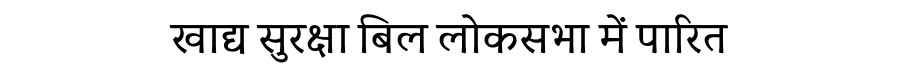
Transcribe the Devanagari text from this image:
खाद्य सुरक्षा बिल लोकसभा में पारित